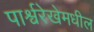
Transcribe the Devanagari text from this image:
पार्श्वरेखेमधील